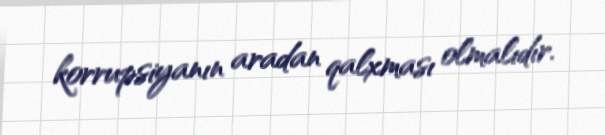
korrupsiyanın aradan qalxması olmalıdır.